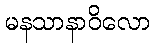
မနသာနာဝိလော